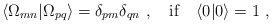
\begin{align*}\langle \Omega_{mn}|\Omega_{pq}\rangle=\delta_{pm}\delta_{qn }\ , \quad {\rm if} \quad \langle 0|0\rangle=1 \ ,\end{align*}